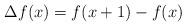
LaTeX: \begin{gather*}\Delta f(x)=f(x+1)-f(x)\end{gather*}